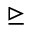
\trianglerighteq